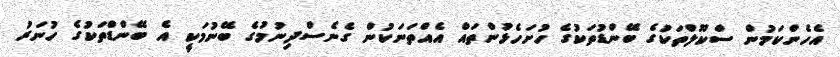
އެހެންކަމުން ސްކޫލްތަކުގެ ބޭންޑުތަކުގެ ހުށަހެޅުންތައް އެއްތަނަކުން ގެނެސްދިނުމުގެ ބޭނުމަކީ އެ ބޭންޑްތަކުގެ ހުނަރު